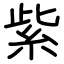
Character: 紫